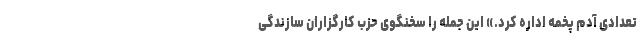
تعدادی آدم پَخمه اداره کرد.» این جمله را سخنگوی حزب کارگزاران سازندگی